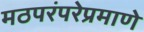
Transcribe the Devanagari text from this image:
मठपरंपरेप्रमाणे